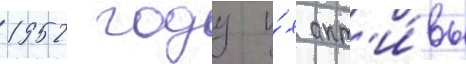
1952 году и́х акт'и́вы